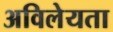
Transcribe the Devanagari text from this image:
अविलेयता